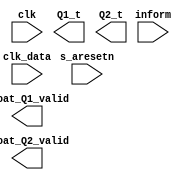
module machine2_logic(

   (* buffer_type = "none" *) input [31:0] inform,  
   (* buffer_type = "none" *) input clk,
   (* buffer_type = "none" *) input s_aresetn,
   (* buffer_type = "none" *) input clk_data,
   (* buffer_type = "none" *) output wire [31:0] Q1_t,
   (* buffer_type = "none" *) output wire float_Q1_valid,
   (* buffer_type = "none" *) output wire [31:0] Q2_t,
   (* buffer_type = "none" *) output wire float_Q2_valid
   
   );
   
endmodule